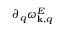
\partial _ { q } \omega _ { { \bf k } , q } ^ { E }